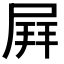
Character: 𡲄